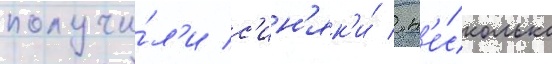
получи́л'и с'ин'як'и́ / н'е́сколько